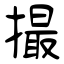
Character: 撮